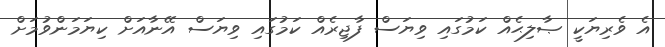
އެ ވެރިޔަކީ ޞާލިޙެއް ކަމުގައި ވިޔަސް ފާޖިރެއް ކަމުގައި ވިޔަސް އޭނާއަށް ކިޔަމަންވުމަށް